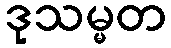
ဒုသမ္မတ